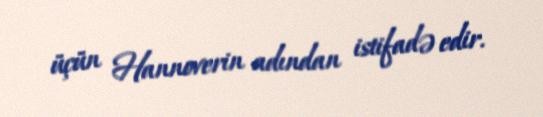
üçün Hannoverin adından istifadə edir.